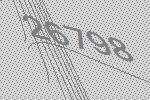
26798